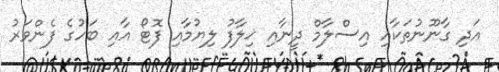
އަދި ގާނޫނުތަކާއި އިސްލާމް ދީނާއި ޚިލާފު ލިޔުމާއި ފޮޓޯ އާއި ބަހުގެ ފެންވަރު